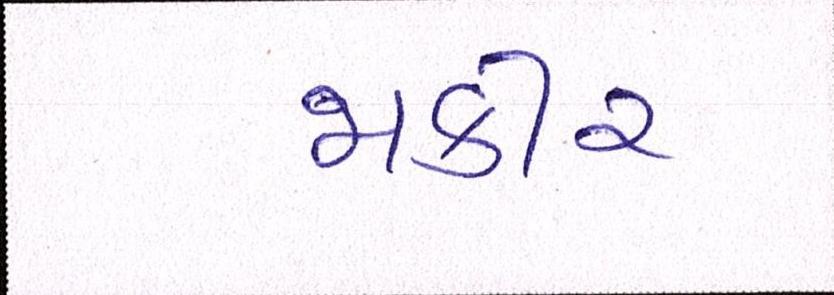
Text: જાકીર